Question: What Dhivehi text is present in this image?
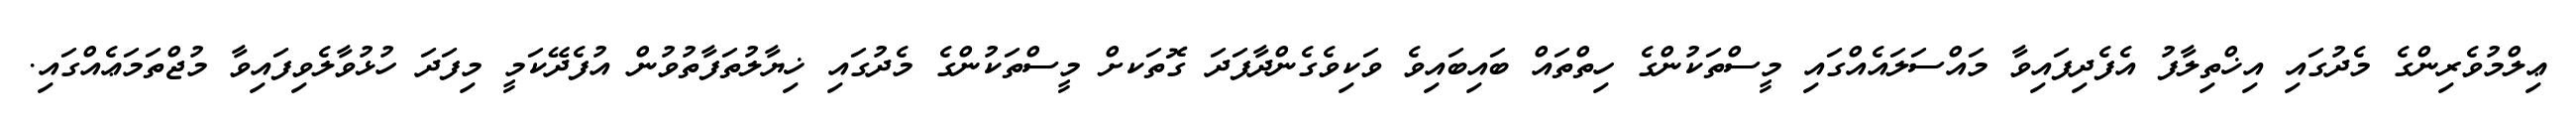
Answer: ޢިލްމުވެރިންގެ މެދުގައި އިޚްތިލާފު އެފެދިފައިވާ މައްސަލައެއްގައި މީސްތަކުންގެ ހިތްތައް ބައިބައިވެ ވަކިވެގެންދާފަދަ ގޮތަކށް މީސްތަކުންގެ މެދުގައި ޚިޔާލުތަފާތުވުން އުފެދޭކަމީ މިފަދަ ހުޅުވާލެވިފައިވާ މުޖްތަމަޢެއްގައި.